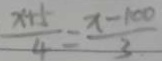
\frac { x + 5 } { 4 } = \frac { x - 1 0 0 } { 3 }